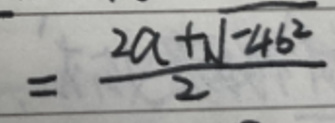
\[
= \frac{2a + \sqrt{-4b^{2}}}{2}
\]